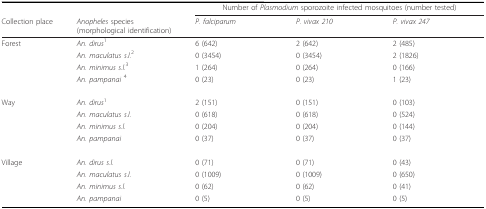
<table><thead><tr><td></td><td></td><td colspan="3"><b>Number of <i>Plasmodium </i>sporozoite infected mosquitoes (number tested)</b></td></tr><tr><td><b>Collection place</b></td><td><b><i>Anopheles </i>species(morphological identification)</b></td><td><b><i>P. falciparum</i></b></td><td><b><i>P. vivax 210</i></b></td><td><b><i>P. vivax 247</i></b></td></tr></thead><tbody><tr><td>Forest</td><td><i>An. dirus</i><sup>1</sup></td><td>6 (642)</td><td>2 (642)</td><td>2 (485)</td></tr><tr><td></td><td><i>An. maculatus s.l</i>.<sup>2</sup></td><td>0 (3454)</td><td>0 (3454)</td><td>2 (1826)</td></tr><tr><td></td><td><i>An. minimus s.l</i>.<sup>3</sup></td><td>1 (264)</td><td>0 (264)</td><td>0 (166)</td></tr><tr><td></td><td><i>An. pampanai </i><sup>4</sup></td><td>0 (23)</td><td>0 (23)</td><td>1 (23)</td></tr><tr><td>Way</td><td><i>An. dirus</i><sup>1</sup></td><td>2 (151)</td><td>0 (151)</td><td>0 (103)</td></tr><tr><td></td><td><i>An. maculatus s.l</i>.</td><td>0 (618)</td><td>0 (618)</td><td>0 (524)</td></tr><tr><td></td><td><i>An. minimus s.l</i>.</td><td>0 (204)</td><td>0 (204)</td><td>0 (144)</td></tr><tr><td></td><td><i>An. pampanai</i></td><td>0 (37)</td><td>0 (37)</td><td>0 (37)</td></tr><tr><td>Village</td><td><i>An. dirus s.l</i>.</td><td>0 (71)</td><td>0 (71)</td><td>0 (43)</td></tr><tr><td></td><td><i>An. maculatus s.l</i>.</td><td>0 (1009)</td><td>0 (1009)</td><td>0 (650)</td></tr><tr><td></td><td><i>An. minimus s.l</i>.</td><td>0 (62)</td><td>0 (62)</td><td>0 (41)</td></tr><tr><td></td><td><i>An. pampanai</i></td><td>0 (5)</td><td>0 (5)</td><td>0 (5)</td></tr></tbody></table>